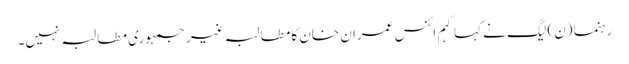
رہنما (ن) لیگ نے کہا کہم ائنس عمران خان کا مطالبہ غیر جمہوری مطالبہ نہیں۔